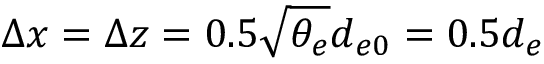
\Delta x = \Delta z = 0 . 5 \sqrt { \theta _ { e } } d _ { e 0 } = 0 . 5 d _ { e }